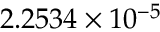
2 . 2 5 3 4 \times 1 0 ^ { - 5 }